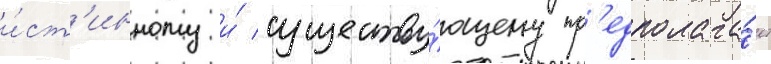
и́ст'инному и́ существу́ющему пр'едполага́ет